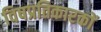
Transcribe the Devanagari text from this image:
विषप्रतिकारकों